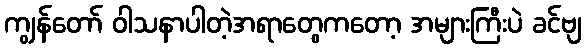
ကျွန်တော် ဝါသနာပါတဲ့အရာတွေကတော့ အများကြီးပဲ ခင်ဗျ